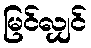
မြင်လျှင်